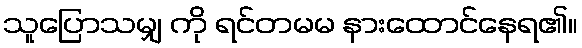
သူပြောသမျှ ကို ရင်တမမ နားထောင်နေရ၏။